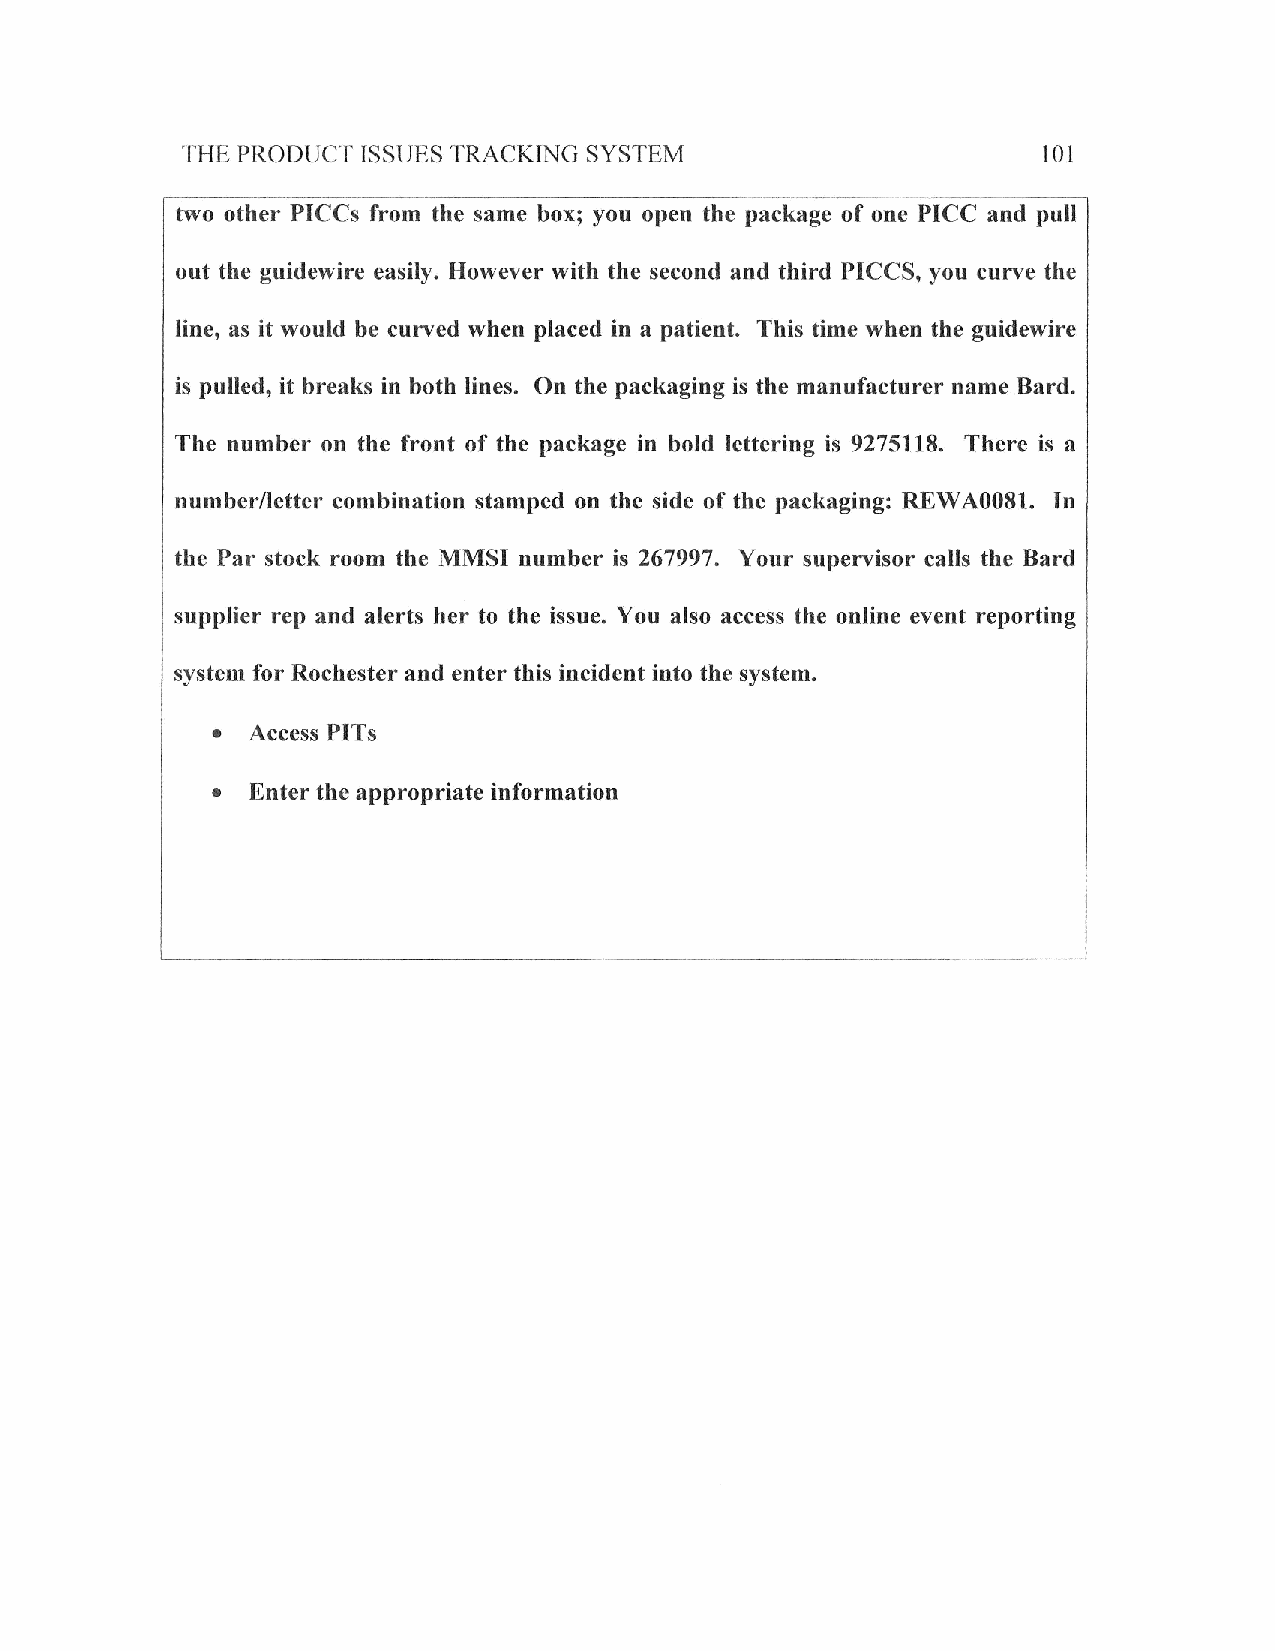
.THE
 PRODUT]T ISSUES TRACKING SYSTEM                      l0t
 two other PICCs from the same box; you open the package of one PICC and pull
 out the guidewire easily. However with the second and third PICCS, you curve the
 line, as it would be curryed when placed in a patient. This time when the guidewire
 is pulled, it breaks in both lines. On the packaging is the manufacturer name Bard.
 The numher on the front of the package in bold lettering is 9275118. There is a
 numberlletter combination stamped on the side of the packaging: REWA0081. In
 the Par stock room the MMSI number is 267997, Your superuisor calls the Bard
 supplier rep and alerts her to the issue. You also access the online event reporting
 system for Rochester and enter this incident into the system.
 I
 Access PITs
 .
 Enter the appropriate information